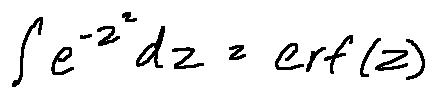
\int e ^ { - z ^ { 2 } } d z = e r f ( z )